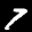
Label: 7